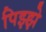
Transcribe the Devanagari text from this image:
पिझ्झे